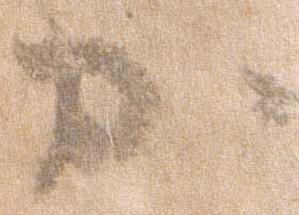
か